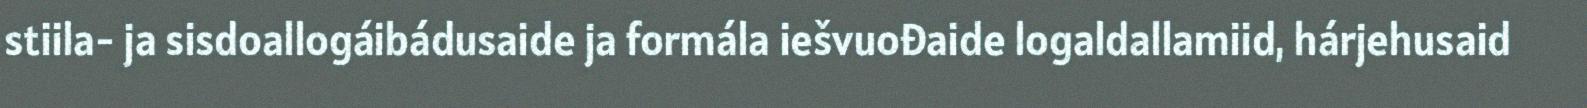
stiila- ja sisdoallogáibádusaide ja formála iešvuođaide logaldallamiid, hárjehusaid